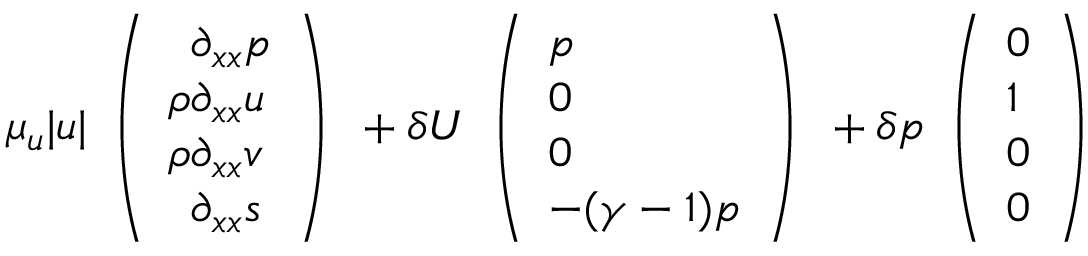
\mu _ { u } | u | \begin{array} { l } { \left( \begin{array} { l } { \phantom { \rho } \partial _ { x x } p } \\ { \rho \partial _ { x x } u } \\ { \rho \partial _ { x x } v } \\ { \phantom { \rho } \partial _ { x x } s } \end{array} \right) } \end{array} + \delta U \begin{array} { l } { \left( \begin{array} { l } { p } \\ { 0 } \\ { 0 } \\ { - ( \gamma - 1 ) p } \end{array} \right) } \end{array} + \delta p \begin{array} { l } { \left( \begin{array} { l } { 0 } \\ { 1 } \\ { 0 } \\ { 0 } \end{array} \right) } \end{array}